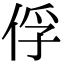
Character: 俘